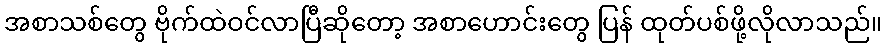
အစာသစ်တွေ ဗိုက်ထဲဝင်လာပြီဆိုတော့ အစာဟောင်းတွေ ပြန် ထုတ်ပစ်ဖို့လိုလာသည်။